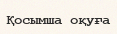
Қосымша оқуға